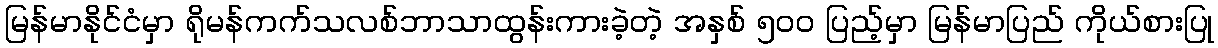
မြန်မာနိုင်ငံမှာ ရိုမန်ကက်သလစ်ဘာသာထွန်းကားခဲ့တဲ့ အနှစ် ၅၀၀ ပြည့်မှာ မြန်မာပြည် ကိုယ်စားပြု